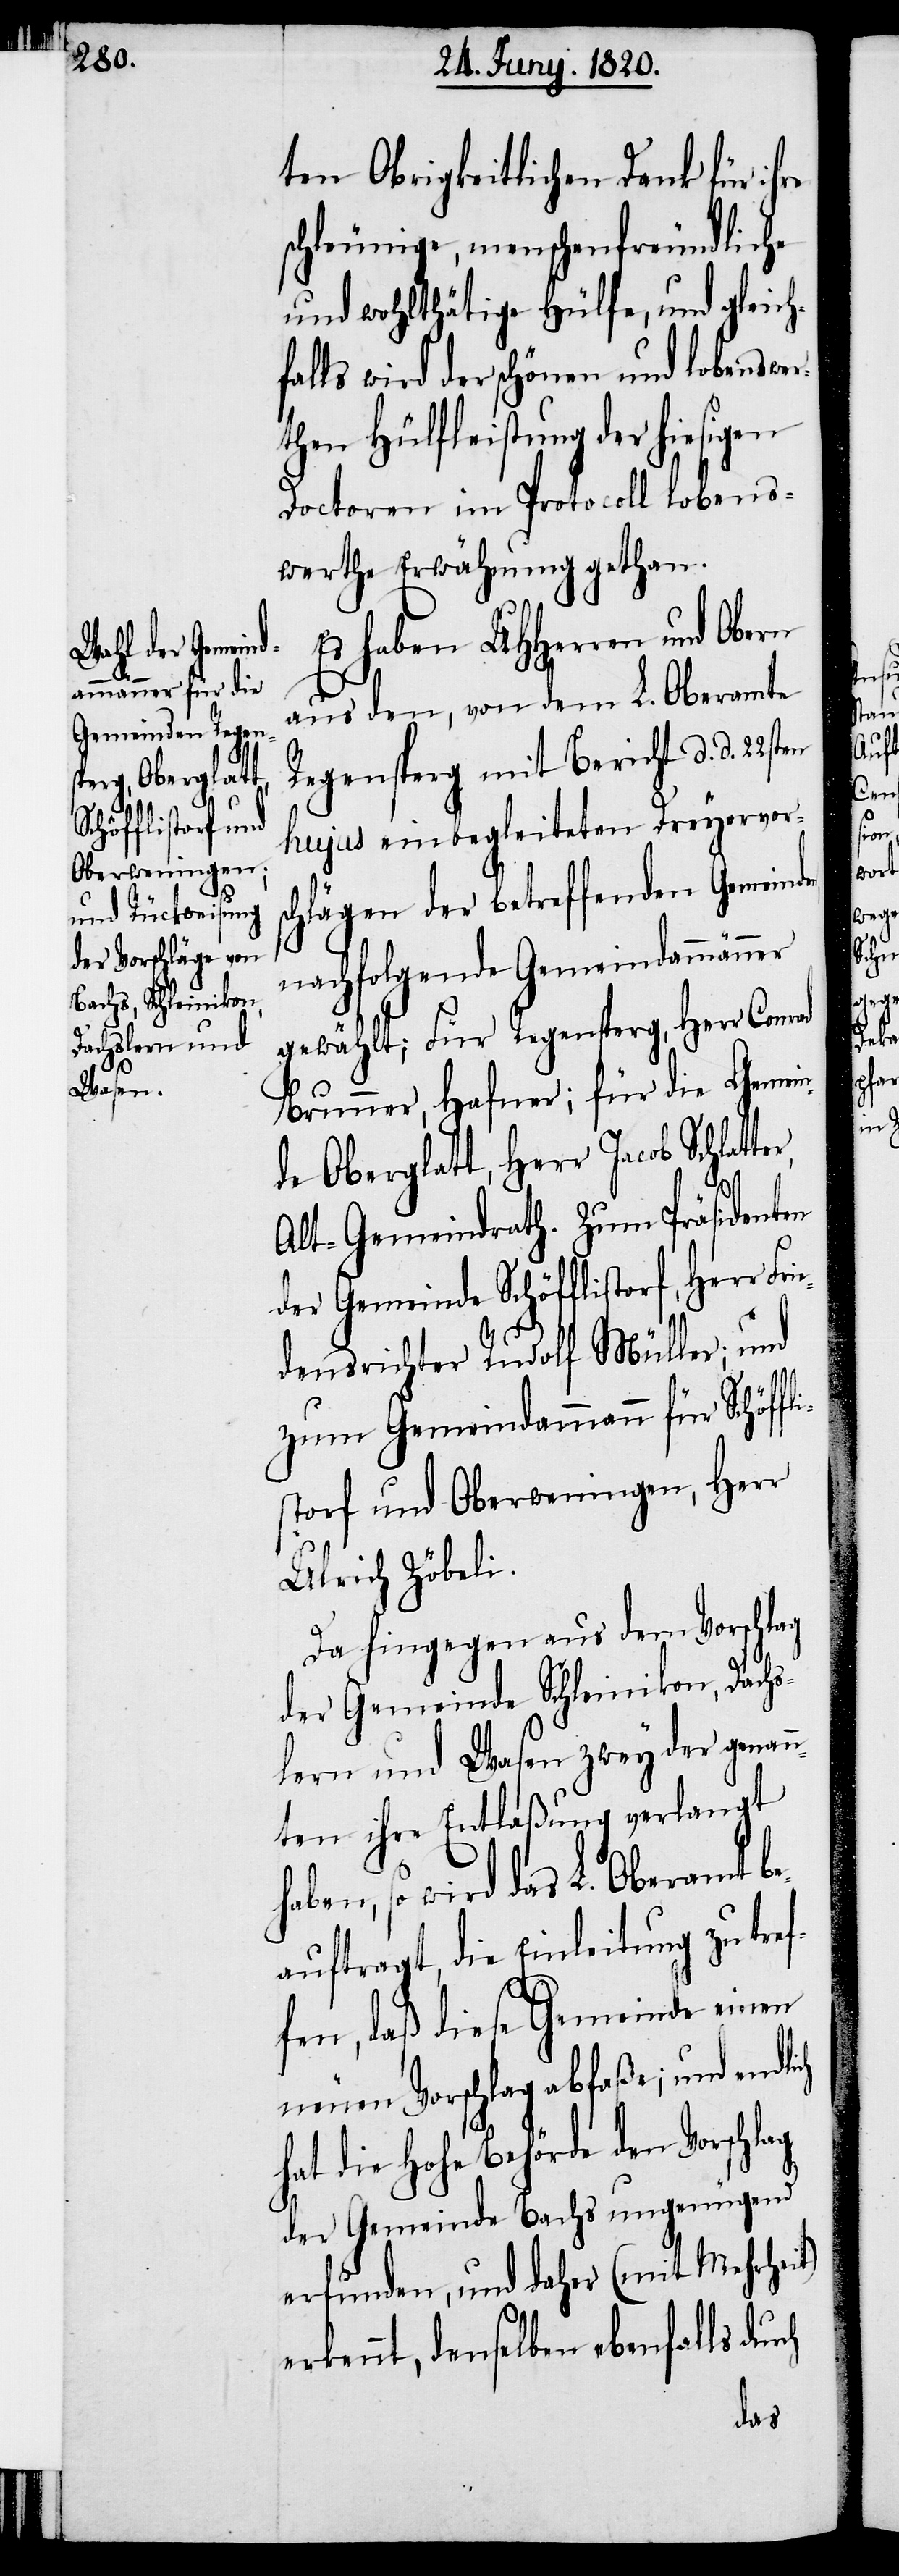
ten Obrigkeitlichen Dank für ihre
schleunige, menschenfreundliche
und wohltätige Hülfe, und gleich¬
falls wird der schönen und lobenswer¬
then Hülfleistung der hiesigen
Doctoren in Protocoll lobens¬
werthe Erwähnung gethan.
Es haben UHHerren und
aus den, von dem L. Oberamte
Regensperg mit Bericht d. d.
hujus einbegleiteten Dreyervors¬
chlägen der betreffenden Gemeind¬
nachfolgende Gemeindammänner
gewählt; Für Regensperg, Herr Conrad
Brunner, Hafner, für die Gemein¬
de Oberglatt, Herr Jacob Schlat¬
Alt-Gemeindrath. Zum Präsidenten
der Gemeinde Schöfflistorf, Herr
densrichter Rudolf Müller; und
zum Gemeindammann für Schöffl¬
storf und Oberweningen, Herr
Ulrich Zöbeli.
Da hingegen aus dem Vorschlag
der Gemeinde Schleinikon, Dachs¬
lern und Wasen zwey der genan¬
nten ihre Entlassung verlangt
ben, so wird das L. Oberamt b¬
eauftragt, die Einleitung zu tref¬
fen, daß diese Gemeinde einen
neuen Vorschlag abfaße; und endl¬
hat die hohe Behörde den Vorschlag
der Gemeinde Bachs ungenügend
erfunden, und daher (Mit Mehrheit)
erkennt, denselben ebenfalls dur¬

ha¬
Frie¬
ch
ter,